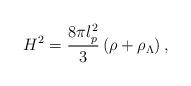
LaTeX: \begin{align*}H^{2}=\frac{8\pi l_{p}^{2}}{3}\left( \rho +\rho _{\Lambda }\right) ,\end{align*}